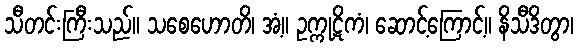
သီတင်းကြီးသည်။ သစေဟောတိ၊ အံ့။ ဥက္ကုဋိကံ၊ ဆောင့်ကြောင့်။ နိသီဒိတွာ၊